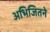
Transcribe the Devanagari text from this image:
अभिजितने